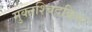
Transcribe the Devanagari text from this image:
मुक्तश्चिदक्रियः